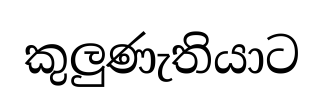
කුලුණැතියාට